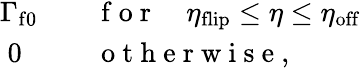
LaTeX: \begin{array}{rl}{\Gamma_{\mathrm{f0}}}&{{}\quad\mathrm{~f~o~r~}\quad\eta_{\mathrm{flip}}\leq\eta\leq\eta_{\mathrm{off}}}\\ {0\; \; }&{{}\quad\mathrm{~o~t~h~e~r~w~i~s~e~},}\end{array}